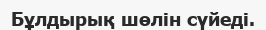
Бұлдырық шөлін сүйеді.